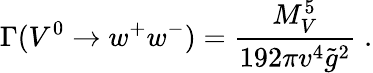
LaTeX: \Gamma(V^{0}\to w^{+}w^{-})={\frac{M_{V}^{5}}{192\pi v^{4}\tilde{g}^{2}}}\; .